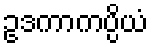
ဥဒကာကပ္ပိယံ